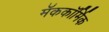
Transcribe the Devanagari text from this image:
मॅककॉर्मिक